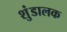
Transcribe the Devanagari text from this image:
शुंडालक